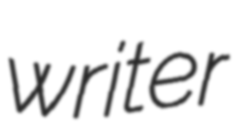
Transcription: writer